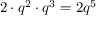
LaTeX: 2 \cdot q ^ { 2 } \cdot q ^ { 3 } = 2 q ^ { 5 }